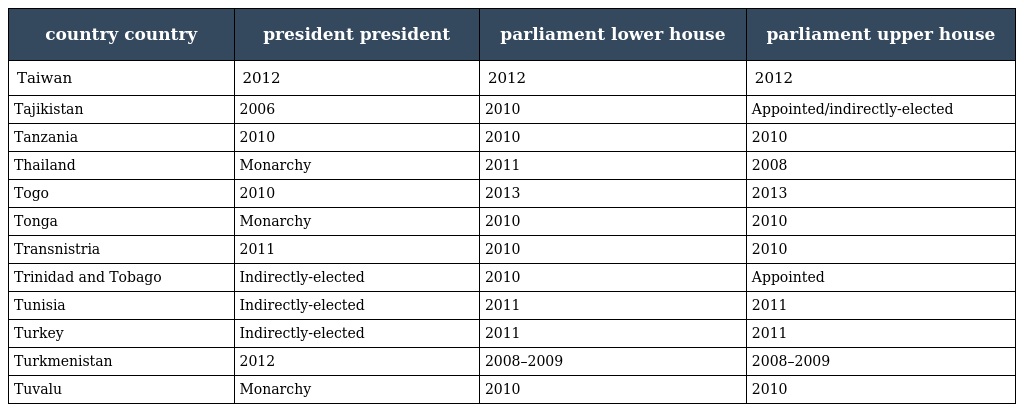
| country country | president president | parliament lower house | parliament upper house |
 | --- | --- | --- | --- |
 | Taiwan | 2012 | 2012 | 2012 |
 | Tajikistan | 2006 | 2010 | Appointed/indirectly-elected |
 | Tanzania | 2010 | 2010 | 2010 |
 | Thailand | Monarchy | 2011 | 2008 |
 | Togo | 2010 | 2013 | 2013 |
 | Tonga | Monarchy | 2010 | 2010 |
 | Transnistria | 2011 | 2010 | 2010 |
 | Trinidad and Tobago | Indirectly-elected | 2010 | Appointed |
 | Tunisia | Indirectly-elected | 2011 | 2011 |
 | Turkey | Indirectly-elected | 2011 | 2011 |
 | Turkmenistan | 2012 | 2008–2009 | 2008–2009 |
 | Tuvalu | Monarchy | 2010 | 2010 |